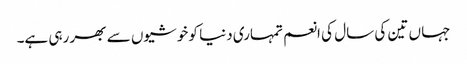
جہا ں تین کی سال کی انعم تمہاری دنیا کو خوشیوں سے بھر رہی ہے۔